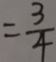
= \frac { 3 } { 4 }